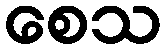
စေသ